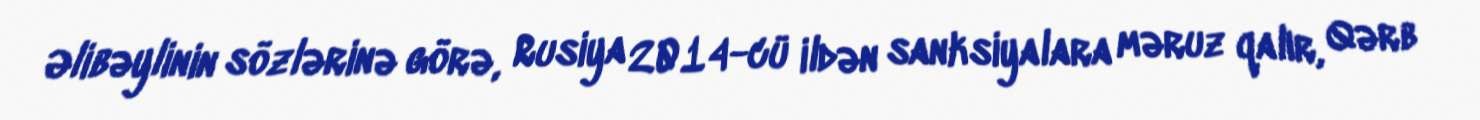
Əlibəylinin sözlərinə görə, Rusiya 2014-cü ildən sanksiyalara məruz qalır, Qərb